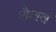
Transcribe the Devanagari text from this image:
शैशवं